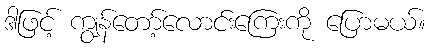
ဒါဖြင့် ကျွန်တော့်လောင်းကြေးကို ပြောမယ်။